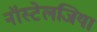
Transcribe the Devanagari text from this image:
नॉस्टेलजिया